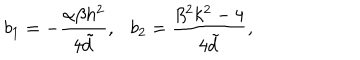
LaTeX: b _ { 1 } = - \frac { \alpha \beta h ^ { 2 } } { 4 { \tilde { d } } } , b _ { 2 } = \frac { \beta ^ { 2 } k ^ { 2 } - 4 } { 4 { \tilde { d } } } ,